Annual administration and progress report of the Indian Medical Department, Bombay
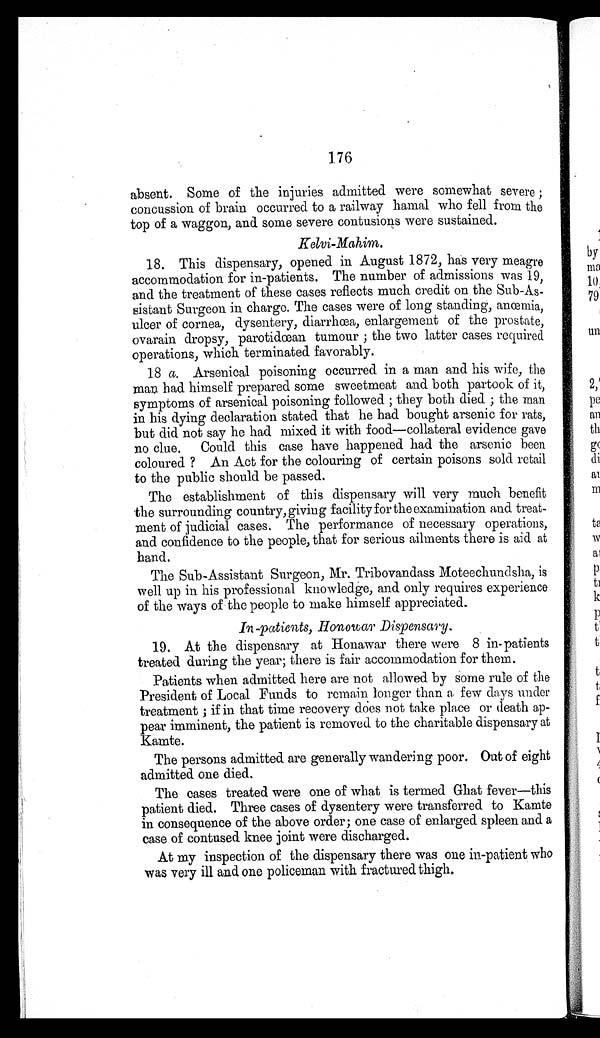
176
absent. Some of the injuries admitted were somewhat severe;
concussion of brain occurred to a railway hamal who fell from the
top of a waggon, and some severe contusions were sustained.
Kelvi-Mahim.
18. This dispensary, opened in August 1872, has very meagre
accommodation for in-patients. The number of admissions was 19,
and the treatment of these cases reflects much credit on the Sub-As
-
sistant Surgeon in charge. The cases were of long standing, anœmia,
ulcer of cornea, dysentery, diarrhœa, enlargement of the prostate,
ovarain dropsy, parotidœan tumour ; the two latter cases required
operations, which terminated favorably.
18 a. Arsenical poisoning occurred in a man and his wife, the
man had himself prepared some sweetmeat and both partook of it,
symptoms of arsenical poisoning followed ; they both died ; the man
in his dying declaration stated that he had bought arsenic for rats,
but did not say he had mixed it with food—collateral evidence gave
no clue. Could this case have happened had the arsenic been
coloured? An Act for the colouring of certain poisons sold retail
to the public should be passed.
The establishment of this dispensary will very much benefit
the surrounding country, giving facility for the examination and treat
-
ment of judicial cases. The performance of necessary operations,
and confidence to the people, that for serious ailments there is aid at
hand.
The Sub-Assistant Surgeon, Mr. Tribovandass Moteechundsha, is
well up in his professional knowledge, and only requires experience
of the ways of the people to make himself appreciated.
In-patients, Honowar Dispensary.
19. At the dispensary at Honawar there were 8 in-patients
treated during the year; there is fair accommodation for them.
Patients when admitted here are not allowed by some rule of the
President of Local Funds to remain longer than a few days under
treatment ; if in that time recovery does not take place or death ap
-
pear imminent, the patient is removed to the charitable dispensary at
Kamte.
The persons admitted are generally wandering poor. Out of eight
admitted one died.
The cases treated were one of what is termed Ghat fever—this
patient died. Three cases of dysentery were transferred to Kamte
in consequence of the above order; one case of enlarged spleen and a
case of contused knee joint were discharged.
At my inspection of the dispensary there was one in-patient who
was very ill and one policeman with fractured thigh.